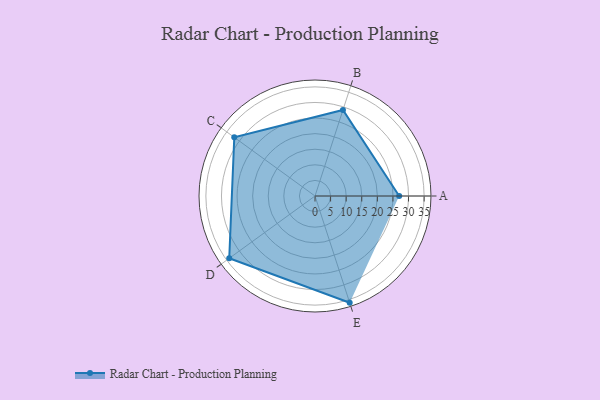
{"axis": {"x": "Skill", "y": "Score"}, "legend": ["Profile"], "data": [{"x": "A", "y": 27.0, "type": "Profile"}, {"x": "B", "y": 29.0, "type": "Profile"}, {"x": "C", "y": 32.0, "type": "Profile"}, {"x": "D", "y": 34.0, "type": "Profile"}, {"x": "E", "y": 36.0, "type": "Profile"}]}